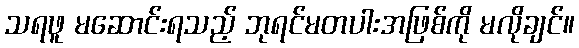
သရဖူ မဆောင်းရသည့် ဘုရင်မတပါးအဖြစ်ကို မလိုချင်။